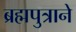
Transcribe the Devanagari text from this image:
ब्रह्मपुत्राने